Leaving Certificate, 1900
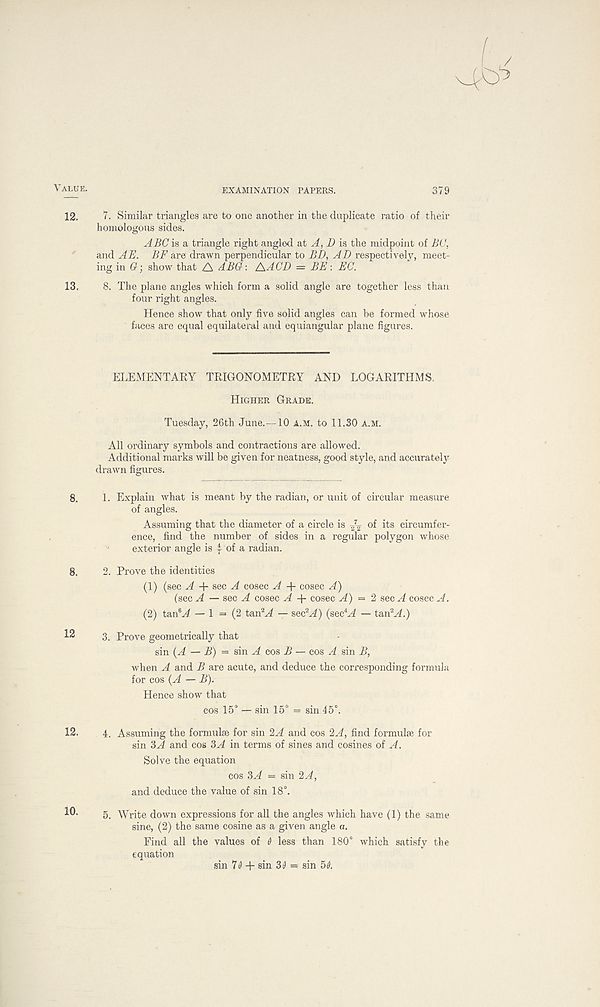
EXAMINATION PAPERS.
379
7. Similar triangles are to one another in the duplicate ratio of their
homologous sides.
ABC is a triangle right angled nt A, B is the midpoint of BC,
and AE. BE are drawn perpendicular to BD, AD respectively, meet-
ing in G-, show that A AEG: AACD — BE: EC.
8. The plane angles which form a solid angle are together less than
four right angles.
Hence show that only five solid angles can be formed whose
faces are equal equilateral and equiangular plane figures.
ELEMENTARY TRIGONOMETRY AND LOGARITHMS.
Higher Grade.
Tuesday, 26th June.—10 a.m. to 11.30 a.m.
All ordinary symbols and contractions are allowed.
Additional marks will be given for neatness, good style, and accurately
drawn figures.
1. Explain what is meant by the radian, or unit of circular measure
of angles.
Assuming that the diameter of a circle is ^ of its circumfer-
ence, find the number of sides in a regular polygon whose
exterior angle is ^ of a radian.
2. Prove the identities
(1) (sec A -\- sqc A cosec A -4- cosec A)
(sec A — sec A cosec A -f cosec A) = 2 sec A cosee A.
(2) tanL4 — 1 = (2 tail 2 A — sec 2 A) (sec 4 A — tan 2 A.)
3. Prove geometrically that
sin (A — B) = sin A cos B — cos A sin B,
when A and B are acute, and deduce the corresponding formula
for cos (A — B).
Hence show that
cos 15° — sin 15° = sin 45°.
4. Assuming the formulae for sin 2A and cos 2A, find formulae for
sin 3A and cos 3A in terms of sines and cosines of A.
Solve the equation
cos 3A = sin 2A,
and deduce the value of sin 18°.
5. Write down expressions for all the angles which have (1) the same
sine, (2) the same cosine as a given angle a.
Find all the values of 6 less than 180° which satisfy the
equation
sin 70 + sin 30 = sin 50.